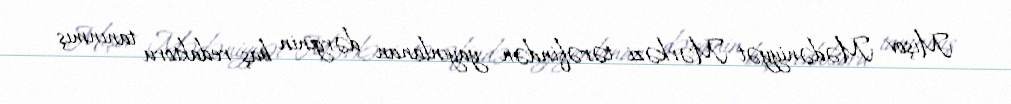
Mişov Mədəniyyət Mərkəzi tərəfindən yayınlanan dərginin baş redaktoru tanınmış